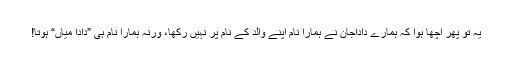
یہ تو پھر اچھا ہوا کہ ہمارے داداجان نے ہمارا نام اپنے والد کے نام پر نہیں رکھا، ورنہ ہمارا نام ہی ”دادا میاں“ ہوتا!